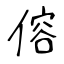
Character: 傛